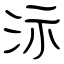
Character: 沶